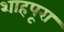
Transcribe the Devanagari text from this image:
शाहपूरा